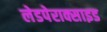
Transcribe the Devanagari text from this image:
लेडपेराक्साइड